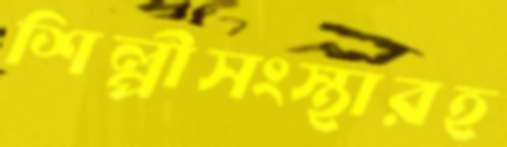
শিল্পীসংস্থারহ